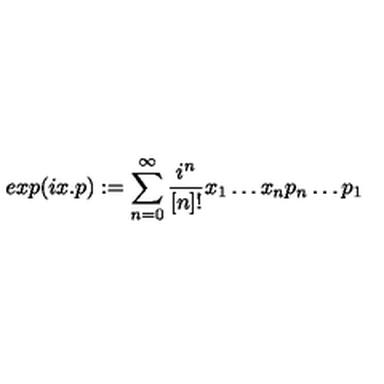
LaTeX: e x p ( i x . p ) : = \sum _ { n = 0 } ^ { \infty } \frac { i ^ { n } } { [ n ] ! } x _ { 1 } \ldots x _ { n } p _ { n } \ldots p _ { 1 }